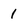
Character: 1